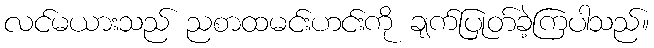
လင်မယားသည် ညစာထမင်းဟင်းကို ချက်ပြုတ်ခဲ့ကြပါသည်။